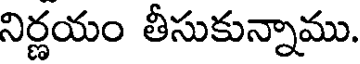
నిర్ణయం తీసుకున్నాము.